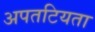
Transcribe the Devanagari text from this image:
अपतटियता